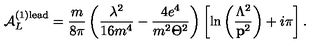
{ \cal A } _ { L } ^ { ( 1 ) \mathrm { l e a d } } = \frac m { 8 \pi } \left( \frac { \lambda ^ { 2 } } { 1 6 m ^ { 4 } } - \frac { 4 e ^ { 4 } } { m ^ { 2 } \Theta ^ { 2 } } \right) \left[ \ln \left( \frac { \Lambda ^ { 2 } } { { \bf p } ^ { 2 } } \right) + i \pi \right] .